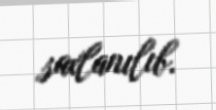
saxlanılıb.